[Report on the health of British troops in the Madras command]
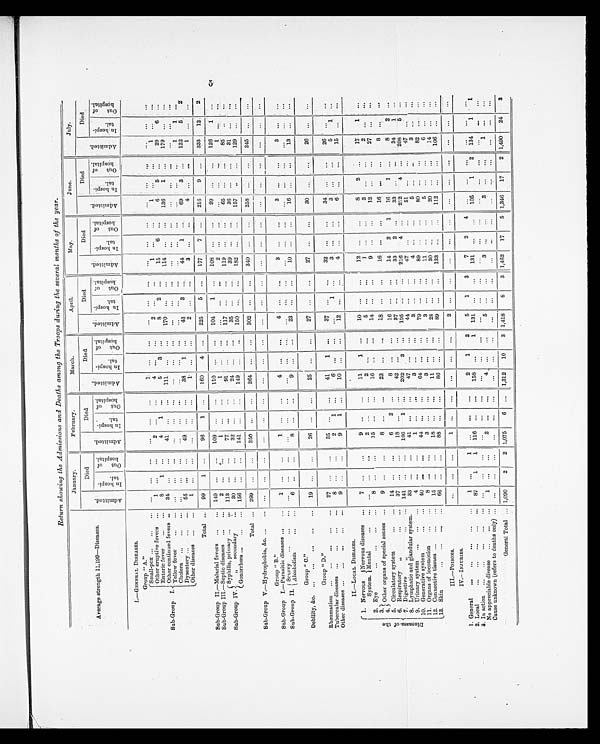
Return showing the Admissions and Deaths among the Troops during the several months of the year.
Average strength 11,199-Diseases.
January.
February.
Ma r c h .
April.
May.
June.
July.
A d m i t t e d .
Died
A d m i t t e d .
Died
A d m i t t e d .
Died
A d m i t t e d .
Died
A d m i t t e d .
Died
A d m i t t e d .
Died
A d m i t t e d .
Died
I n h o s p i t a l .
O u t o f h o s p i t a l .
I n h o s p i t a l .
O u t o f h o s p i t a l .
I n h o s p i t a l .
O u t o f h o s p i t a l .
I n h o s p i t a l .
O u t o f h o s p i t a l .
I n h o s p i t a l .
O u t o f h o s p i t a l .
I n h o s p i t a l . O u t o f h o s p i t a l .
I n h o s p i t a l .
O u t o f h o s p i t a l .
I.—GENERAL DISEASES.
Group " A. "
Sub-Group
I.
Small-pox . . .
. . . ...
. . .
...
. . .
. . .
. . .
. . .
1
. . .
. . .
...
...
...
. . .
...
. . .
...
. . .
. . .
...
...
. . .
Other eruptive fevers ...
...
1
...
...
2
...
...
4
. . .
. . .
2
...
...
1
...
...
1
. . .
. . .
1
. . .
...
Enteric fever
...
...
8
1
...
4
1
...
5
3
. . .
8
2
...
15
6
...
6
5
. . .
29
6
...
Other continued fevers ...
34
...
...
41
...
. . .
111
. . .
...
170
...
...
114
...
...
136
1
. . .
179
. . .
. . .
Yellow fever
...
...
...
...
...
...
. . .
. . .
. . .
...
...
...
. . .
...
...
...
...
...
...
...
...
...
. . .
Cholera
...
...
...
. . .
...
. . .
...
...
...
...
...
. . .
...
...
...
...
...
...
...
. . .
. . .
1
1
. . .
Dysentery ...
...
...
55
...
...
49
...
...
38
1
...
43
3
...
44
1
...
69
3
. . .
122
5
2
Other diseases
...
...
1
...
. . .
...
...
...
1
. . .
...
2
...
...
3
. . .
. . .
4
. . .
. . .
1
...
. . .
Total ...
99
1
...
96
1
...
160
4
...
225
5
...
177
7
...
216
9
. . .
333
12
2
Sub-Group II.—Malarial fevers
. . .
...
149
...
. . .
109
...
...
110
. . .
...
104
1
...
108
...
...
99
. . .
. . .
126
1
. . .
Sub-Group III.—Septic diseases
. . .
...
2
...
. . .
1
. . .
...
1
. . .
. . .
...
...
...
2
...
. . .
...
. . .
. . .
1 ...
. . .
Sub-Group IV.
Syphilis, primary
...
... 113
...
...
77
. . .
...
91
...
. . .
117
. . .
. . .
119
...
...
65
. . .
. . .
85
. .
. . .
„
secondary
...
30
...
...
32
...
...
24
...
. . .
35
...
. . .
39
. . .
...
36
...
...
31
. . . ...
Gonorrhœa ...
...
...
156
...
...
141
...
. . .
149
...
..
150
...
...
182
...
...
157
..
...
129
...
. . .
Total ...
299
...
...
250
...
...
264
...
...
302
...
...
340
...
...
258
...
...
245
...
. . .
Sub-Group V.—Hydrophobia, &c. ...
...
. . .
...
...
. . .
. . .
. . .
...
...
. . .
...
. . .
...
...
...
...
...
...
. . .
...
. . .
. . .
Group " B."
Sub-Group I.—Parasitic diseases ...
...
1
...
...
1
...
...
4
. . .
. . .
4
...
. . .
3
. . .
...
3
. . .
. . .
3
...
. . .
Sub-Group II.
Scurvy
. . .
. . .
...
. . .
...
. . .
. . .
. . .
. . .
...
. . .
. . .
...
. . .
. . .
...
. . .
...
. . .
...
. . .
. . . ...
. . .
Alcoholism
. . .
...
6
...
...
8
...
...
9
...
...
23
...
...
10
... ...
1 6
. . .
. . .
13
. . .
. . .
Group " C."
Debility, &c.
...
. . . . . .
...
...
19
...
...
26
...
...
25
...
...
27
...
...
27
...
...
30
...
...
26
...
. . .
Group " D."
Rheumatism
...
...
. . .
. . .
...
27
...
. . .
35
...
...
41
1
...
37
...
. . .
32
. . . ...
34
. . .
. . .
26
... ...
Tubercular diseases ...
...
...
...
8
...
...
2
1
. . .
6
. . . ...
. . .
1
. . .
3
. . .
...
3
...
...
5
1
...
Other diseases ...
. . . ...
...
...
9
...
. . .
9
1
. . .
10
...
...
12
. . .
...
4
. . .
...
6
. . .
. . .
15
. . . ...
II.—LOCAL DISEASES.
D i s e a s e s o f t h e
1. Nervous
System.
Nervous diseases
...
7
...
...
9
...
...
11
1
...
10
...
. . .
12
...
...
8
2
. . .
17
1
...
Mental
...
... ...
...
. . .
2
...
. . .
2
. . .
. . .
5
...
...
1
...
...
3
. . .
...
2 ...
. . .
2. Eye
...
...
. . .
...
8
...
...
15
...
...
16
...
...
14
...
...
9
...
...
12
. . .
...
27
. . .
...
3 .
4 .
Other organs of special senses ...
9
...
...
8
. . .
...
23
...
. . .
18
...
...
16
...
...
16
. . .
. . .
8
. . .
. . .
5. Circulatory system
. . .
...
14
...
. . .
6
2
. . .
8
...
...
16
...
...
14
2
1
16
1
...
8
2
...
6. Respiratory
„
. . .
...
37
...
. . .
18
...
. . .
42
...
. . .
37
...
. . .
33
2
...
33
...
...
34
1
. . .
7. Digestive
,,
. . .
. . .
141
...
...
166
1
...
2 0 2
3
...
195
...
...
216
4
...
212
4
. . .
208
5
. . .
8. Lymphatic and glandular system.
33
...
. . .
41
...
...
47
. . .
...
44
...
...
47
...
...
51
...
...
47 ...
. . .
9. Urinary system
. . .
. . .
...
4
...
...
1
. . .
. . .
3
. . .
...
3
...
. . .
4
...
...
5
. . .
. . .
3
. . . ...
10. Generative system
. . .
...
40
...
. . .
4 4
. . .
...
64
. . .
...
79
...
. . .
89
...
...
80
...
...
82
. . . ...
11. Organs of locomotion
. . .
. . .
8
...
. . .
3
...
. . .
3
. . .
...
3
...
...
11
...
...
5
...
...
6
. . . ...
12. Connective tissues ...
...
...
15
...
. . .
18
...
...
11
...
. . .
28
...
...
30
...
...
2 0
. . .
. . .
14
. . .
. . .
13. Skin
. . .
. . .
. . .
...
66
...
. . .
88
...
...
86
...
...
89
. . .
...
133
...
...
112
. . .
. . .
106
. . .
. . .
I I I . — P O I S O N S . ...
...
...
1
. . .
...
. . .
. . .
...
2
. . .
. . .
...
. . .
...
...
. . .
. . .
. . .
. . .
. . .
. . .
IV.—INJURIES.
1. General
. . .
. . .
. . .
. . .
...
1
...
1
...
. . .
...
2
1
2
5
1
3
7
2
4
...
. . .
...
. . .
. . .
. . .
. . .
2. Local
. . .
. . .
. . .
...
...
87
1
1
116
. . .
...
158
. . .
1
131
. . .
. . .
131
...
...
105
1
2
134
1
1
3. In action
...
...
...
. . .
...
. . .
...
. . .
. . . ...
...
...
...
. . .
...
. . .
...
...
. . .
...
...
...
. . .
. . .
. . .
. . .
No appreciable disease
...
...
...
1
...
. . .
2
...
...
4
. . .
. . .
5
...
...
3
. . . ...
3
...
. . .
1
. . .
. . .
Cause unknown (refers to deaths only) ...
...
...
. . .
. . .
. . .
...
...
. . .
. . .
...
. . .
...
... . . .
. . .
...
...
...
...
...
. . .
. . .
General Total ... 1,090 2
2 1,075
6
. . .
1,312
10
3 1,418
8
3 1,462
17
5 1,346
17
2 1,490
24
3
5